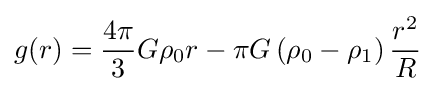
g(r)={\frac {4\pi }{3}}G\rho _{0}r-\pi G\left(\rho _{0}-\rho _{1}\right){\frac {r^{2}}{R}}